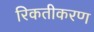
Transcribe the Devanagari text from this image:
रिकतीकरण